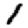
Digit: 1